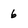
Character: 6